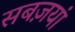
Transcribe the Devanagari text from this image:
सबज़यां